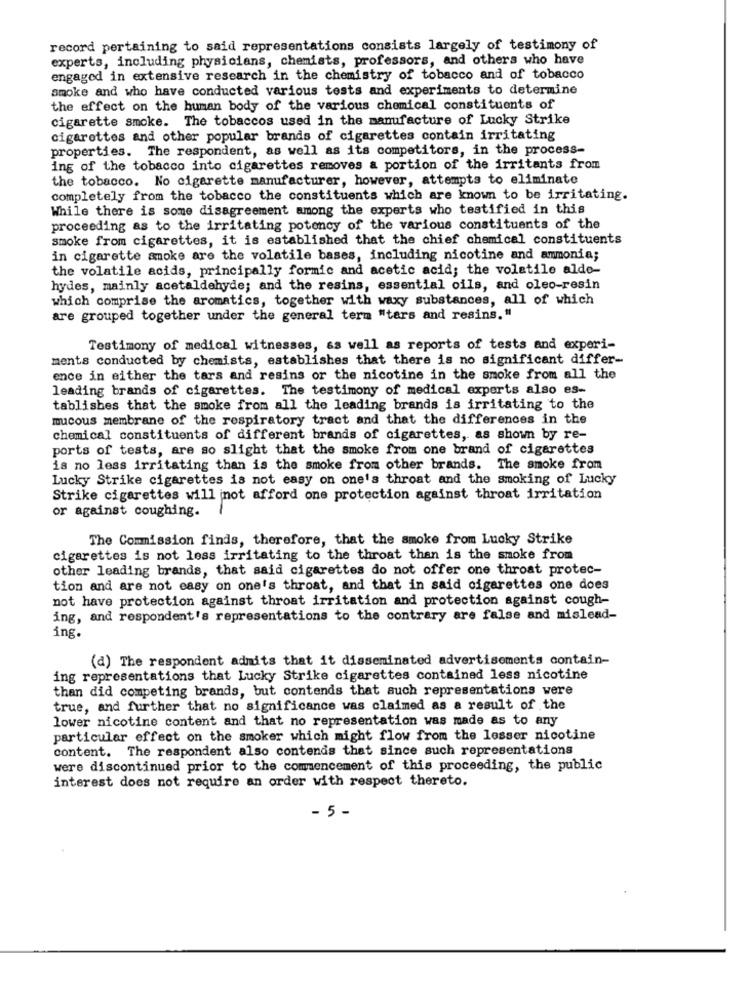
record pertaining to said representations consists largely of testimony of
experts, including physicians, chemists, professors, and others who have
engaged in extensive research in the chemistry of tobacco and of tobacco
smoke and who have conducted various tests and experiments to determine
the effect on the human body of the various chemical constituents of
cigarette smoke. The tobaccos used in the manufacture of Lucky Strike
cigarettes and other popular brands of cigarettes contain irritating
properties. The respondent, as well as its competitors, in the process-
ing of the tobacco into cigarettes removes a portion of the irritants from
the tobacco. No cigarette manufacturer, however, attempts to eliminate
completely from the tobacco the constituents which are known to be irritating.
While there is some disagreement among the experts who testified in this
proceeding as to the irritating potency of the various constituants of the
smoke from cigarettes, it is established that the chief chemical constituents
in cigarette smoke are the volatile bases, including nicotine and ammonia;
the volatile acids, principally formic and acetic acid; the volatile alde-
hydes, mainly acetaldehyde; and the resins, essential oils, and oleo-resin
which comprise the aromatics, together with waxy substances, all of which
are grouped together under the general term "tars and resins."
Testimony of medical witnesses, as well as reports of tests and experi-
ments conducted by chemists, establishes that there is no significant differ-
ence in either the tars and resins or the nicotine in the smoke from all the
leading brands of cigarettes. The testimony of medical experts also es-
tablishes that the smoke from all the leading brands is irritating to the
mucous membrane of the respiratory tract and that the differences in the
chemical constituents of different brands of cigarettes, as shown by re-
ports of tests, are so slight that the smoke from one brand of cigarettes
is no less irritating than is the smoke from other brands. The smoke from
Lucky Strike cigarettes is not easy on one's throat and the smoking of Lucky
Strike cigarettes will not afford one protection against throat irritation
or against coughing.
The Commission finds, therefore, that the smoke from Lucky Strike
cigarettes is not less irritating to the throat than is the smoke from
other leading brands, that said cigarettes do not offer one throat protec-
tion and are not easy on one's throat, and that in said cigarettes one does
not have protection against throat irritation and protection against cough-
ing, and respondent's representations to the contrary are false and mislead-
ing.
(d) The respondent admits that it disseminated advertisements contain-
ing representations that Lucky Strike cigarettes contained less nicotine
than did competing brands, but contends that auch representations were
true, and further that no significance was claimed as a result of the
lower nicotine content and that no representation was made as to any
particular effect on the smoker which might flow from the lesser nicotine
content. The respondent also contends that since such representations
were discontinued prior to the commencement of this proceeding, the public
interest does not require an order with respect thereto.
- 5 -